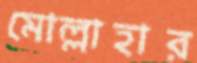
মোল্লাহার